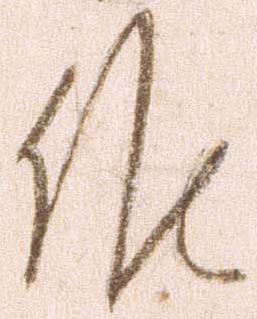
候